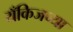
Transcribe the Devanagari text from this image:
यँकिजच्या